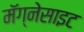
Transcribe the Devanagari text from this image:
मॅग्नेसाइट